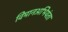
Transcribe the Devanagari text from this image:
विमानअभियंता